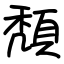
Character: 頽